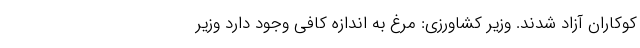
کوکاران آزاد شدند. وزیر کشاورزی: مرغ به اندازه کافی وجود دارد وزیر